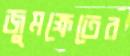
জুমক্ষেতের